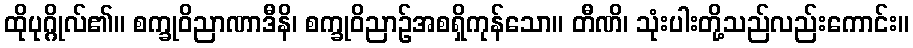
ထိုပုဂ္ဂိုလ်၏။ စက္ခုဝိညာဏာဒီနိ၊ စက္ခုဝိညာဉ်အစရှိကုန်သော။ တီဏိ၊ သုံးပါးတို့သည်လည်းကောင်း။